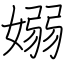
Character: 嫋